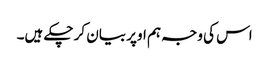
اس کی وجہ ہم اوپر بیان کر چکے ہیں۔